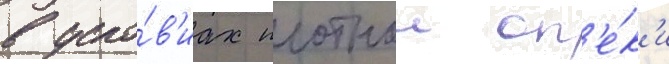
в усло́в'иах плотнои оп'е́к'и